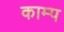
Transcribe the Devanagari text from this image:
काम्प